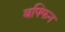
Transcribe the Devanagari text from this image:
बफ्फिन